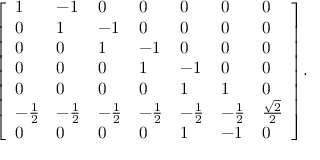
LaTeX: { \left[ \begin{array} { l l l l l l l } { 1 } & { - 1 } & { 0 } & { 0 } & { 0 } & { 0 } & { 0 } \\ { 0 } & { 1 } & { - 1 } & { 0 } & { 0 } & { 0 } & { 0 } \\ { 0 } & { 0 } & { 1 } & { - 1 } & { 0 } & { 0 } & { 0 } \\ { 0 } & { 0 } & { 0 } & { 1 } & { - 1 } & { 0 } & { 0 } \\ { 0 } & { 0 } & { 0 } & { 0 } & { 1 } & { 1 } & { 0 } \\ { - { \frac { 1 } { 2 } } } & { - { \frac { 1 } { 2 } } } & { - { \frac { 1 } { 2 } } } & { - { \frac { 1 } { 2 } } } & { - { \frac { 1 } { 2 } } } & { - { \frac { 1 } { 2 } } } & { { \frac { \sqrt { 2 } } { 2 } } } \\ { 0 } & { 0 } & { 0 } & { 0 } & { 1 } & { - 1 } & { 0 } \end{array} \right] } .